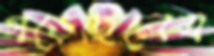
গড়েছিলেম